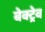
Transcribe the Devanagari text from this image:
बेक्ट्रेव